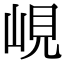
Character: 峴